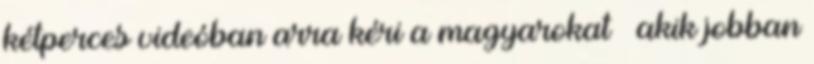
kétperces videóban arra kéri a magyarokat – akik jobban